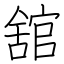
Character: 舘